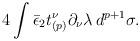
LaTeX: \begin{align*}4 \int \bar\epsilon_2 t_{(p)}^\nu \partial_\nu \lambda\, d^{p+1} \sigma.\end{align*}